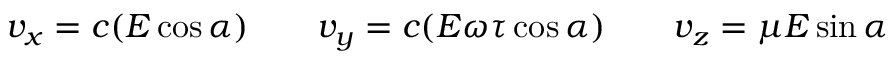
v _ { x } = c ( E \cos { \alpha } ) \qquad v _ { y } = c ( E \omega \tau \cos { \alpha } ) \qquad v _ { z } = \mu E \sin { \alpha }